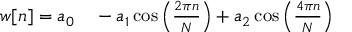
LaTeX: \begin{array} { r l } { w [ n ] = a _ { 0 } } & { { } { } - a _ { 1 } \cos \left( { \frac { 2 \pi n } { N } } \right) + a _ { 2 } \cos \left( { \frac { 4 \pi n } { N } } \right) } \end{array}